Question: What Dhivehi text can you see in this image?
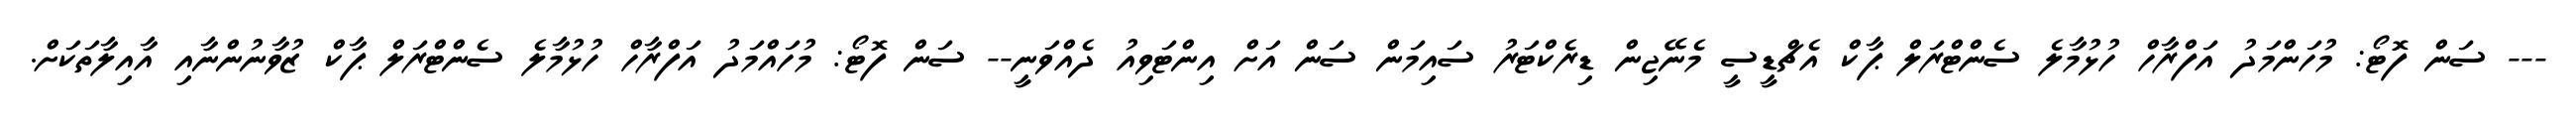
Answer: --- ސަން ފޮޓޯ: މުހަންމަދު އަފްރާހް ހުޅުމާލެ ސެންޓްރަލް ޕާކް އެޗްޑީސީ މެނޭޖިން ޑިރެކްޓަރު ސައިމަން ސަން އަށް އިންޓަވިއު ދެއްވަނީ-- ސަން ފޮޓޯ: މުހައްމަދު އަފްރާހް ހުޅުމާލެ ސެންޓްރަލް ޕާކް ޒުވާނުންނާއި އާއިލާތަކަށް.